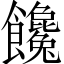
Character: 饞